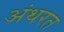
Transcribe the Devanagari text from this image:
अंथरत